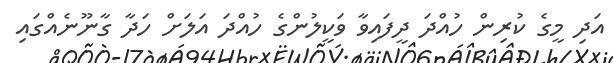
އަދި މީގެ ކުރިން ހުއްދަ ދީފައިވާ ވަކީލުންގެ ހުއްދަ އަލަށް ހަދާ ގާނޫނެއްގައި